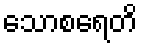
သောစရေတိ